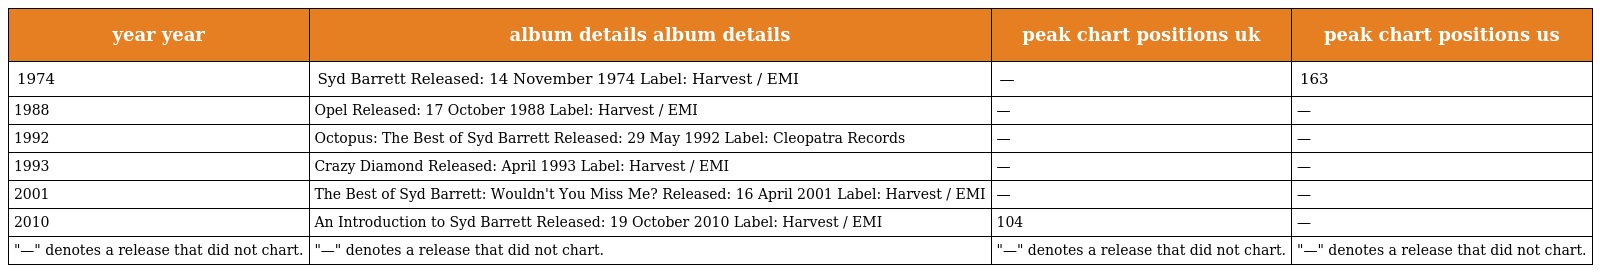
| year year | album details album details | peak chart positions uk | peak chart positions us |
 | --- | --- | --- | --- |
 | 1974 | Syd Barrett Released: 14 November 1974 Label: Harvest / EMI | — | 163 |
 | 1988 | Opel Released: 17 October 1988 Label: Harvest / EMI | — | — |
 | 1992 | Octopus: The Best of Syd Barrett Released: 29 May 1992 Label: Cleopatra Records | — | — |
 | 1993 | Crazy Diamond Released: April 1993 Label: Harvest / EMI | — | — |
 | 2001 | The Best of Syd Barrett: Wouldn't You Miss Me? Released: 16 April 2001 Label: Harvest / EMI | — | — |
 | 2010 | An Introduction to Syd Barrett Released: 19 October 2010 Label: Harvest / EMI | 104 | — |
 | "—" denotes a release that did not chart. | "—" denotes a release that did not chart. | "—" denotes a release that did not chart. | "—" denotes a release that did not chart. |